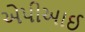
એપીઆઈ